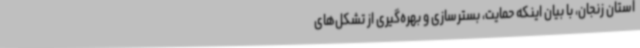
استان زنجان، با بیان اینکه حمایت، بسترسازی و بهره‌گیری از تشکل‌های